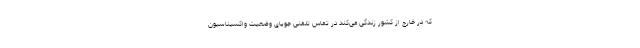
که در خارج از کشور زندگی می‌کند در تماس تلفنی جویای وضعیت واکسیناسیون